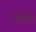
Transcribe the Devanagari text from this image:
मौलिक्